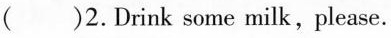
( )2.Drink some milk, please.